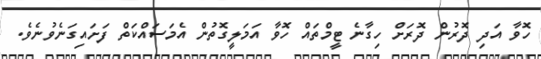
ހޮވާ އަދި ދޮރުން ދޮރަށް ހިގާނެ ޓީމްތައް ހޮވާ އަމަލީގޮތުން އެމަސައްކަތް ފަށައިގަނެވުނެވެ.